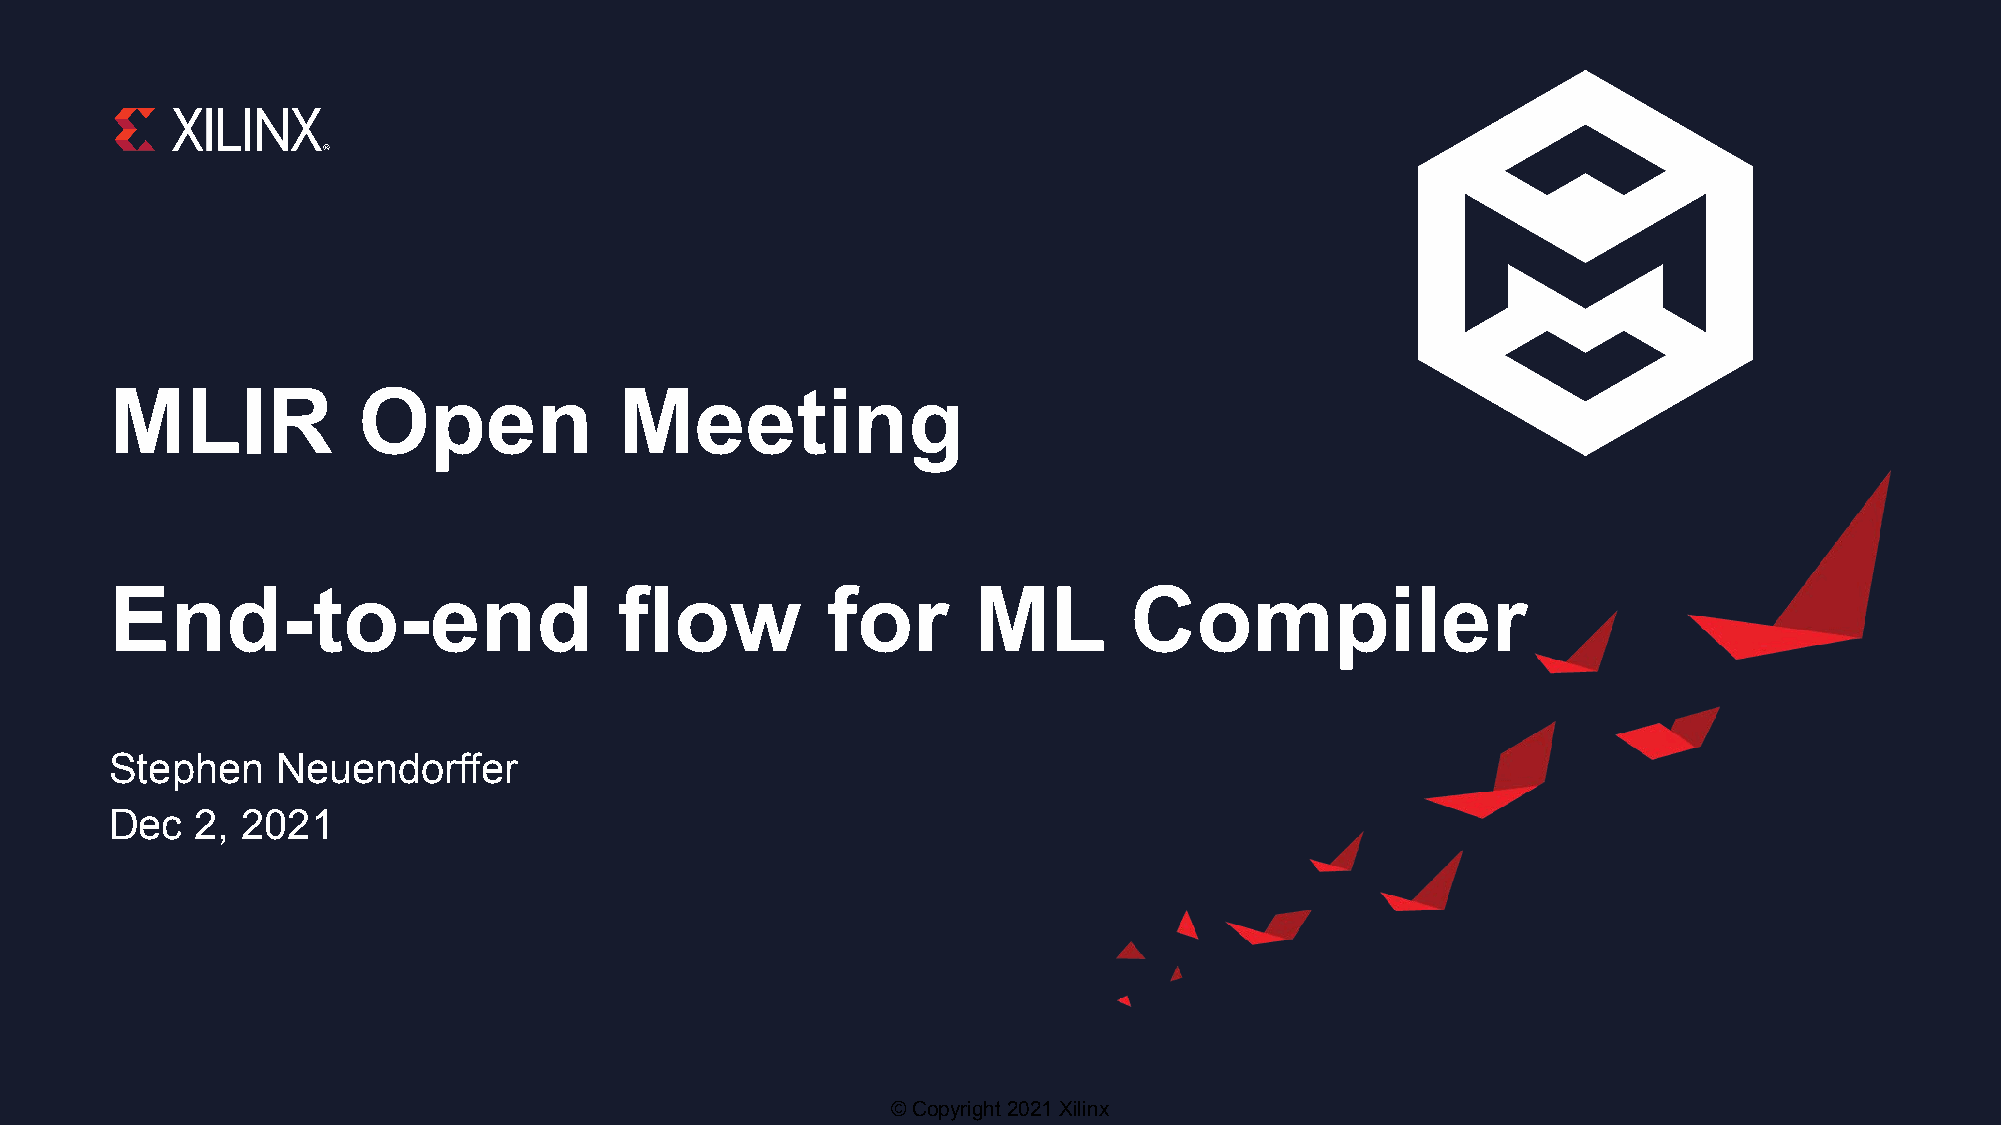
MLIR             Open             Meeting
 End-to-end                        flow          for      ML         Compiler
 Stephen    Neuendorffer
 Dec   2, 2021
 © Copyright 2021 Xilinx